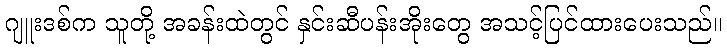
ဂျူးဒစ်က သူတို့ အခန်းထဲတွင် နှင်းဆီပန်းအိုးတွေ အသင့်ပြင်ထားပေးသည်။